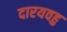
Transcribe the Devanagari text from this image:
दारयवहु